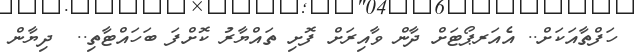
ހަފްތާއަކަށް.. އެއަރޕޯޓަށް ދާން ވާއިރަށް ފޮށި ތައްޔާރު ކޮށްފަ ބަހައްޓާތި..  ދިޔާން